Civil Veterinary Department Bengal reports 1933-51 - 1933-1951
Year: 1933
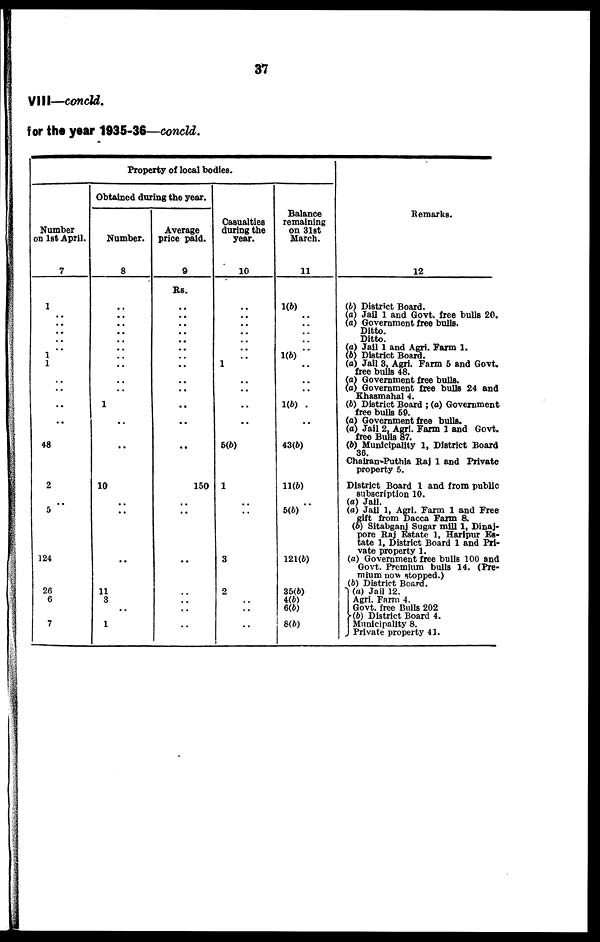
37
VIII—concld.
for the year 1935-36—concld.
Property of local bodies.
Number
on 1st April.
7
1
..
..
..
..
..
1
1
1
..
..
..
.. ..
..
48
2
..
5
124
26
6
7
Obtained during the year.
Number.
8
..
..
..
..
..
..
..
..
..
..
..
1
..
..
..
..
10
..
..
..
11
3
..
1
Average
price paid.
9
Rs.
..
..
..
..
..
..
..
..
..
..
..
..
..
.. ..
..
..
150
..
..
..
..
..
..
..
Casualties
during the
year.
10
..
..
..
..
..
..
..
..
..
.. 1
..
..
..
..
..
..
..
5(b)
1
..
..
3
2
..
..
..
Balance
remaining
on 3l8t
March.
11
1(b)
..
..
..
..
..
1(b)
1(b)
..
..
..
1(b)
..
..
43(b)
11(6)
..
5(b)
121(b)
35(b)
4(b)
6(b)
8(b)
Remarks.
12
(b) District Board.
(a) Jail 1 and Govt. free bulls 20.
(a) Government free bulls.
Ditto
Ditto.
(a) Jail 1 and Agri. Farm 1.
(b) District Board.
(b) District Board.
(a) Jail 3, Agri. Farm 5 and Govt.
free bulls 48.
(a) Government free bulls.
(a) Government free bulls 24 and
Khasmahal 4.
(b) District Board ; (a) Government
free bulls 59.
(a) Government free bulls.
(a) Jail 2, Agri. Farm 1 and Govt.
free Bulls 87.
(b) Municipality 1, District Board
36
Chairan Puthia Raj 1 and Private
property 5.
District Board 1 and from public
subscription 10.
(a) Jail
(a) Jail 1, Agri. Farm 1 and Free
gift from Dacca Farm 8.
(b) Sitabganj Sugar mill 1, Dinaj-
pore Raj Estate 1, Haripur Es-
tate 1, District Board 1 and Pri-
vate property 1.
(a) Government free bulls 100 and
Govt. Premium bulls 14. (Pre-
mium now stopped.)
(b) District Board.
(a) Jail 12.
Agri. Farm 4.
Govt, free Bulls 202
(b) District Board 4.
Municipality 8.
Private property 41.